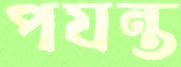
পযন্ত